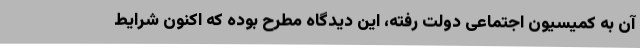
آن به کمیسیون اجتماعی دولت رفته، این دیدگاه مطرح بوده که اکنون شرایط